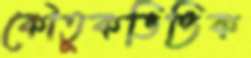
কৌতুকভিত্তিক